Civil Veterinary Dept. Assam report 1927-50 - 1927-1950
Year: 1927
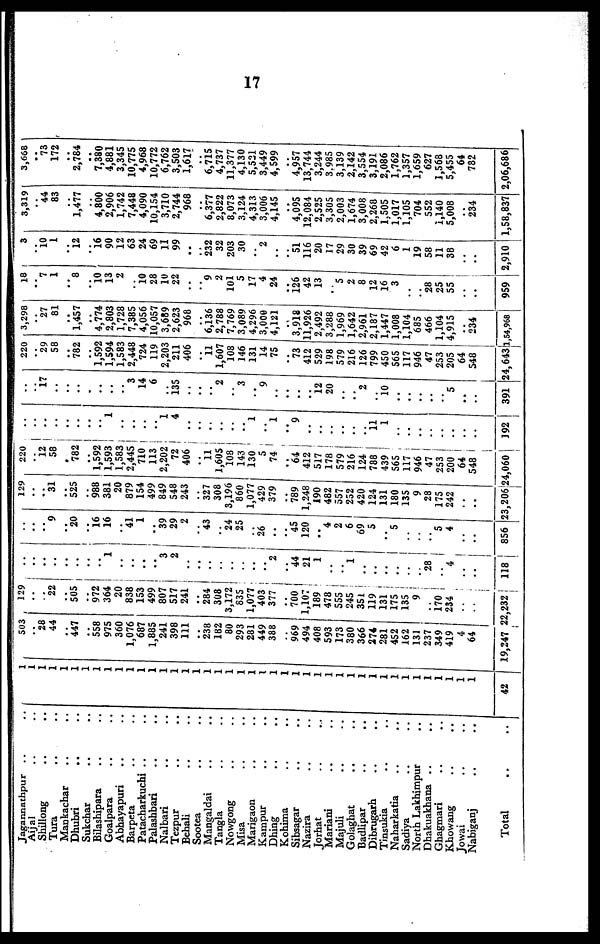
17
Jagannathpur .. ..
Aijal .. ..
Shillong .. ..
Tura .. ..
Mankachar .. ..
Dhubri .. ..
Sukchar .. ..
Bilashipara .. ..
Goalpara .. ..
Abhayapuri .. ..
Barpeta .. ..
Patacharkuchi .. ..
Palashbari .. ..
Nalbari .. ..
Tezpur .. ..
Behali .. ..
Sootea .. ..
Mangaldai .. ..
Tangla .. ..
Nowgong .. ..
Misa .. ..
Marigaon .. ..
Kampur .. ..
Dhing .. ..
Kohima .. ..
Sibsagar .. ..
Nazira .. ..
Jorhat .. ..
Mariani .. ..
Majuli .. ..
Golaghat .. ..
Badlipar .. ..
Dibrugarh.. ..
Tinsukia .. ..
Naharkatia .. ..
Sadiya .. ..
North Lakhimpur ..
Dhakuakiana .. ..
Ghagmari .. ..
Khowang
..
..
Jowai
..
..
Nabiganj
..
..
Total
1
1
1
1
1
1
1
1
1
1
1
1
1
1
1
1
1
1
1
1
1
1
1
1
1
1
1
1
1
1
1
1
1
1
1
1
1
1
1
1
1
1
42
503
..
28
44
..
447
..
558
975
360
1,076
687
1,885
241
398
111
..
238
182
80
293
281
449
388
..
969
494
408
593
173
380
366
274
281
452
162
131
237
349
419
4
64
19,247 22
129
.. ..
22
..
505
..
972
364
20
838
153
499 J
807
517
241
..
284
308
3,172
835
1,077
403
377
..
700
1,107
189
478
555 J
245
351
119
131
175
135
9
..
170
234
..
..
232
..
.. ..
..
..
..
..
..
1
..
..
..
..
3
2
..
..
..
..
..
..
..
..
2
..
44
21
1
..
..
1
..
.
..
..
.
..
. ..
..
.
28
..
..
4
..
..
118
..
.. ..
9
..
20
. ..
16
16
..
41
1
..
39
29
2
..
43
24
25
..
26
..
..
45
120
..
4
2
6
69
5
..
5
..
..
..
5
4
..
..
856 2
129
.. ..
31
..
525
..
988
381
20
879
154
499
849
548
243
..
327
308
3,196
860
1,077
429
379
..
789
1,248
190
482
557
252
420
124
131
180
135
9
28
175
242
..
..
3,206
220
.. 12 ..
58 ..
..
..
782
.. ..
1,592
1,593
1,583
2,445
710
113 ..
2,202
72
406
.. ..
11
1,605
108
143
130
5,
74
.. ..
64
412
517
178
579
216
124
788
439
565
117
946
47
253
200
64 ..
548
4,060
..
..
1
..
..
..
1
4
..
..
..
..
..
1
..
1
9
..
..
..
..
..
..
11
1
..
..
..
..
..
..
192 |
i
..
.. 17
..
..
..
..
..
..
..
3
14
6
..
135
..
..
..
2
..
3
..
9
..
..
..
..
12
20
..
..
2
..
10
..
..
..
..
5
..
..
391 2
220
..
29
58
..
782
..
1,592
1,594
1,583
2,448
724
119
2,203
211
406
..
11
1,607
108
146
131
14
75
..
73
412
529
198
579
216
126
799
450
565
117
946
47
253
205
64
548
4,643!l
3,298
..
27
81
..
1,457
..
4,774
2,803
1,728
7,385
4,056
10,057
3,689
2,623
968
..
6,136
2,788
7,769
3,089
4,296
3,000
4,121
..
3,918
11,926
2,492
3,288
1,969
1,642
2,961
2,187
1,447
1,008
1,104
685
466
1,104
4,915
..
234
54,968
18
..
7
1
..
8
..
10 13
2
..
10
28
10
22
..
..
"9
2
101
5
17
4
24
..
126
42
13
..
5
2
8
12
16
3
..
..
28
25
55
..
..
959
3
. 10
1
..
12
..
16
90
12
63
24
69
11
99
..
..
232
32
203
30
..
2
..
..
51
116
20
17
29
30
39
69
42
6
1
19
58
11
38
..
..
2,910
3,319
..
44
83
..
1,477
..
4,800
2,906
1,742
7,448
4,090
10,154
3,710
2,744
968
..
6,377
2,822
8,073
3,124
4,313
3,006
4,145
..
4,095
12,084
2,525
3,305
2,003
1,674
3,008
2,268
1,505
1,017
1,105
704
552
1,140
5,008
..
234
1,58,837
3,668
..
73
172
..
2,784
..
7,380
4,881
3,345
10,775
4,968
10,772
6,762
i 3,503
1,617
..
6,715
4,737
11,377
4,130
5,521
3,449
4,599
..
4,957
13,744
3,244
3.985
3,139
2,142
3,554
3,191
2,086
1,762
1,357
1,659
627
1,568
5,455
64
782
2,06,686